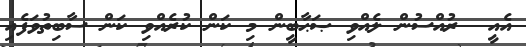
އެއީ  ރުއްސުން ލެއްވި ޞަޙާބީން މި ކަން ކުރެއްވި ކަން ސާބިތުވަފެއި